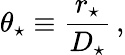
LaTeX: \theta_{\star}\equiv\frac{r_{\star}}{D_{\star}}\, ,